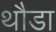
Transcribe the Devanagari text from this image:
थौडा